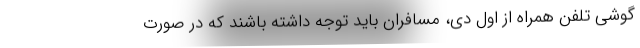
گوشی تلفن همراه از اول دی، مسافران باید توجه داشته باشند که در صورت